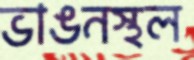
ভাঙনস্থল